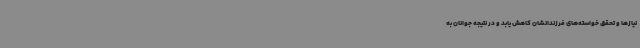
نیازها و تحقق خواسته‌های فرزندانشان کاهش یابد و در نتیجه جوانان به